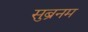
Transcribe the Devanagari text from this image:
सुब्रनम